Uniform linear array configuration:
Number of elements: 32
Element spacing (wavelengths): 0.25
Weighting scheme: cosine
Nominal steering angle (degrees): -60
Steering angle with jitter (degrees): -61.706
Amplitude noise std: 0.05
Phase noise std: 0.05

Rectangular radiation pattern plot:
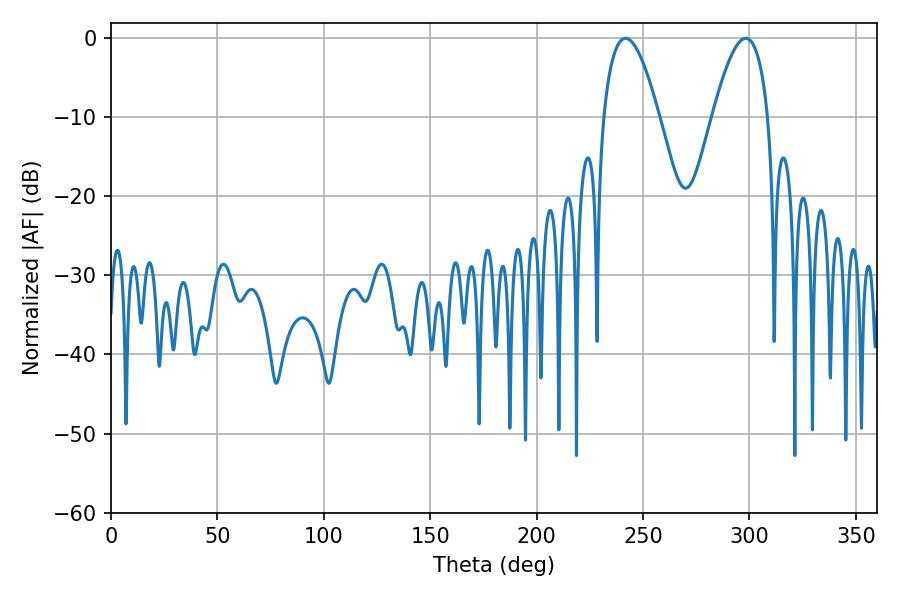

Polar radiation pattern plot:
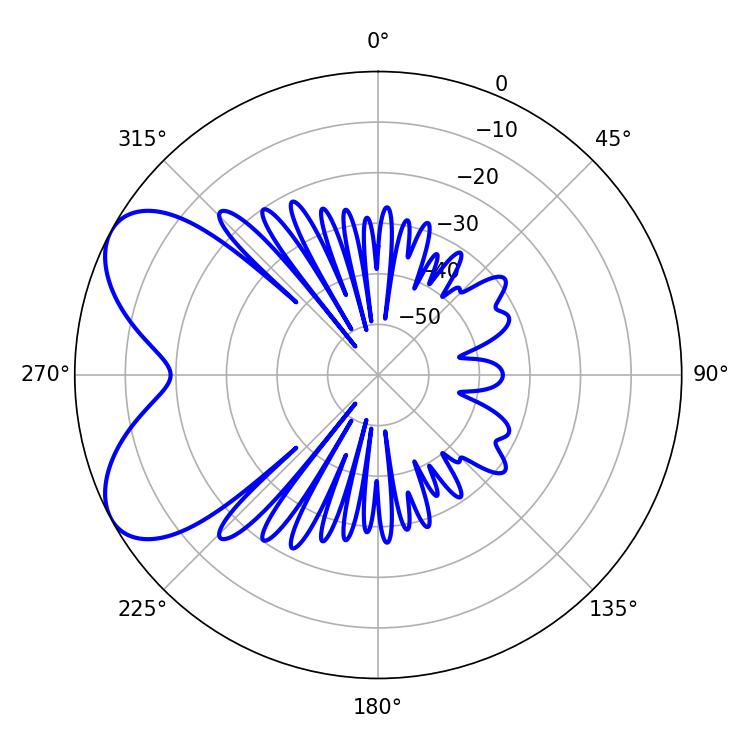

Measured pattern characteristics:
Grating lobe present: FALSE
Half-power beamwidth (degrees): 14.4
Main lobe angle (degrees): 241.74